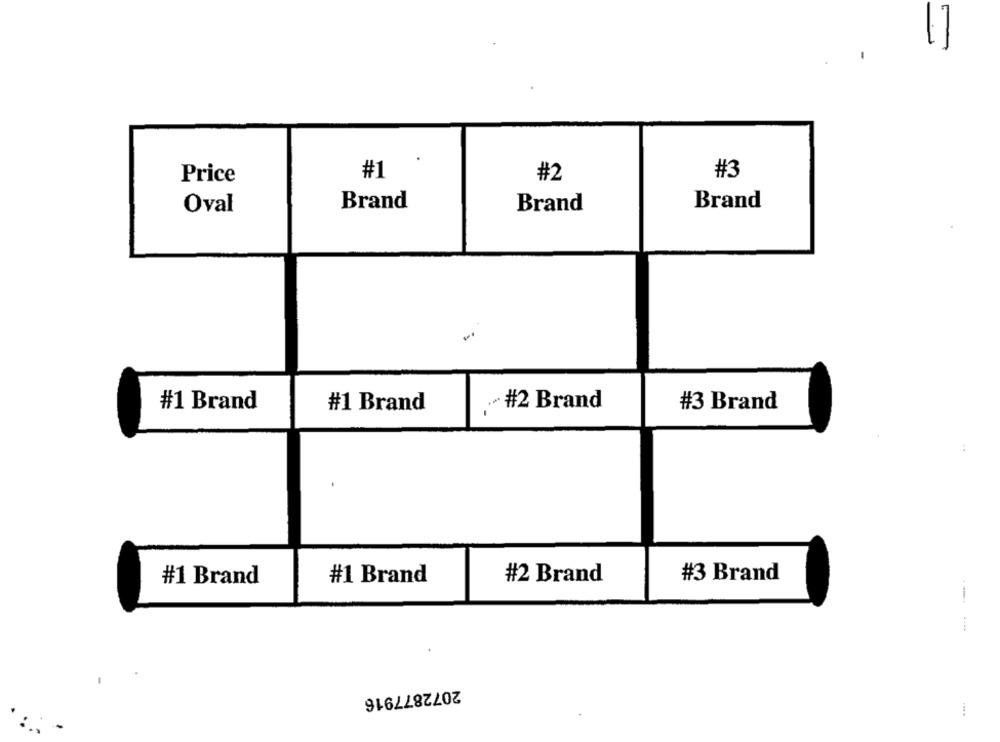
1]
Price
#1
#2
#3
Oval
Brand
Brand
Brand
#1 Brand
#1 Brand
#2 Brand
#3 Brand
#1 Brand
#2 Brand
#3 Brand
#1 Brand
---
2072877916